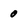
Character: 0